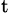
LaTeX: ^\mathrm{t}